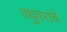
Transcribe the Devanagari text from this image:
वधुवरांचे